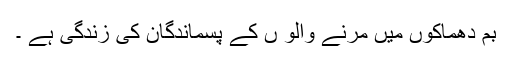
بم دھماکوں میں مرنے والو ں کے پسماندگان کی زندگی ہے ۔